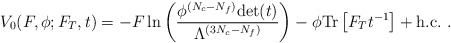
\begin{align*}V_0(F,\phi;F_T,t)=-F\,{\rm ln} \left(\frac{\phi^{(N_c -N_f)}{\rm det}(t)}{\Lambda^{(3N_c - N_f)}}\right) - \phi {\rm Tr}\left[F_Tt^{-1}\right] +{\rm h.c.} \ .\end{align*}